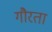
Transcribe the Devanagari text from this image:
गौरता